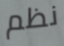
نظم